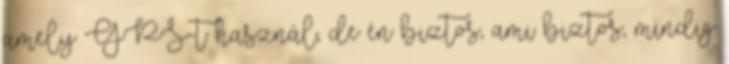
amely GPS-t használ, de én biztos, ami biztos, mindig